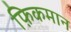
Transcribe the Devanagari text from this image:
फ़िकमान